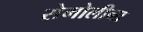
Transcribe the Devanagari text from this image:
सेमोलीना